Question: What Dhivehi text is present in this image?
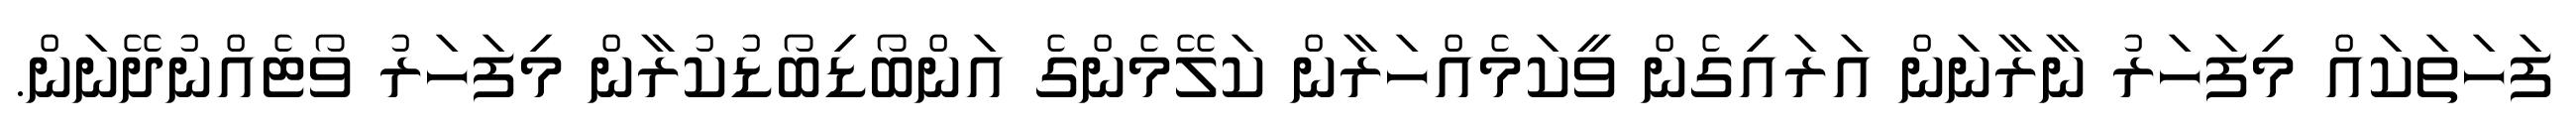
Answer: ފަހަތަކައް މިފަހަރު ނާރާނަން އަރައިގެން ވީކަމެއްހަރާން ކަލޭމެންގެ އަންބޯޑިބޯޑުކުރާން މިފަހަރު ވޯޓެއްނުދޭނަން.